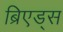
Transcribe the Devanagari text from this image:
ब्रिएड्स